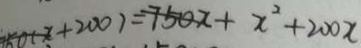
7 5 0 ( x + 2 0 0 ) = 7 5 0 x + x ^ { 2 } + 2 0 0 x